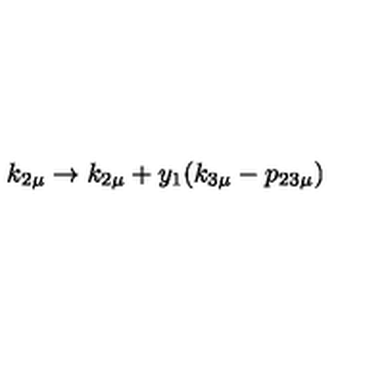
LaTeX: k _ { 2 \mu } \rightarrow k _ { 2 \mu } + y _ { 1 } ( k _ { 3 \mu } - p _ { 2 3 \mu } )